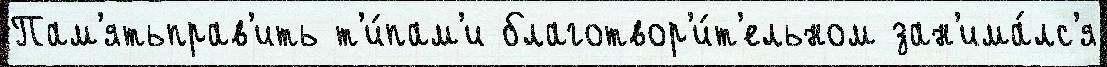
Пам'ятьправ'ить т'и́пам'и благотвор'и́т'ельном зан'има́лс'я